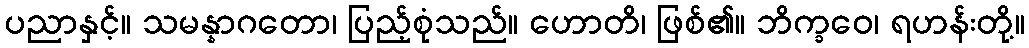
ပညာနှင့်။ သမန္နာဂတော၊ ပြည့်စုံသည်။ ဟောတိ၊ ဖြစ်၏။ ဘိက္ခဝေ၊ ရဟန်းတို့။